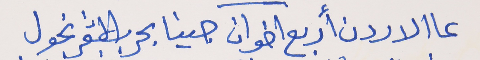
عا الاردن أربع اخوان     جينا بحرب الشعر نجول